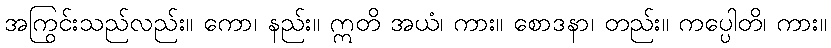
အကြွင်းသည်လည်း။ ကော၊ နည်း။ ဣတိ အယံ၊ ကား။ စောဒနာ၊ တည်း။ ကပ္ပေါတိ၊ ကား။